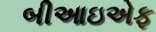
બીઆઇએફ